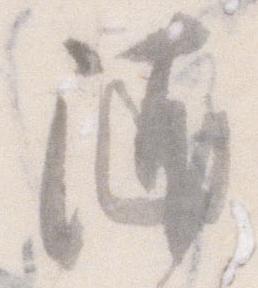
随